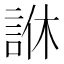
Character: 䛙